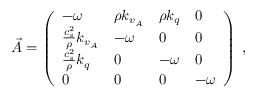
\vec { A } = \left( \begin{array} { l l l l } { - { \omega } } & { \rho k _ { v _ { A } } } & { \rho k _ { q } } & { 0 } \\ { \frac { c _ { s } ^ { 2 } } { \rho } k _ { v _ { A } } } & { - { \omega } } & { 0 } & { 0 } \\ { \frac { c _ { s } ^ { 2 } } { \rho } k _ { q } } & { 0 } & { - { \omega } } & { 0 } \\ { 0 } & { 0 } & { 0 } & { - { \omega } } \end{array} \right) \; ,